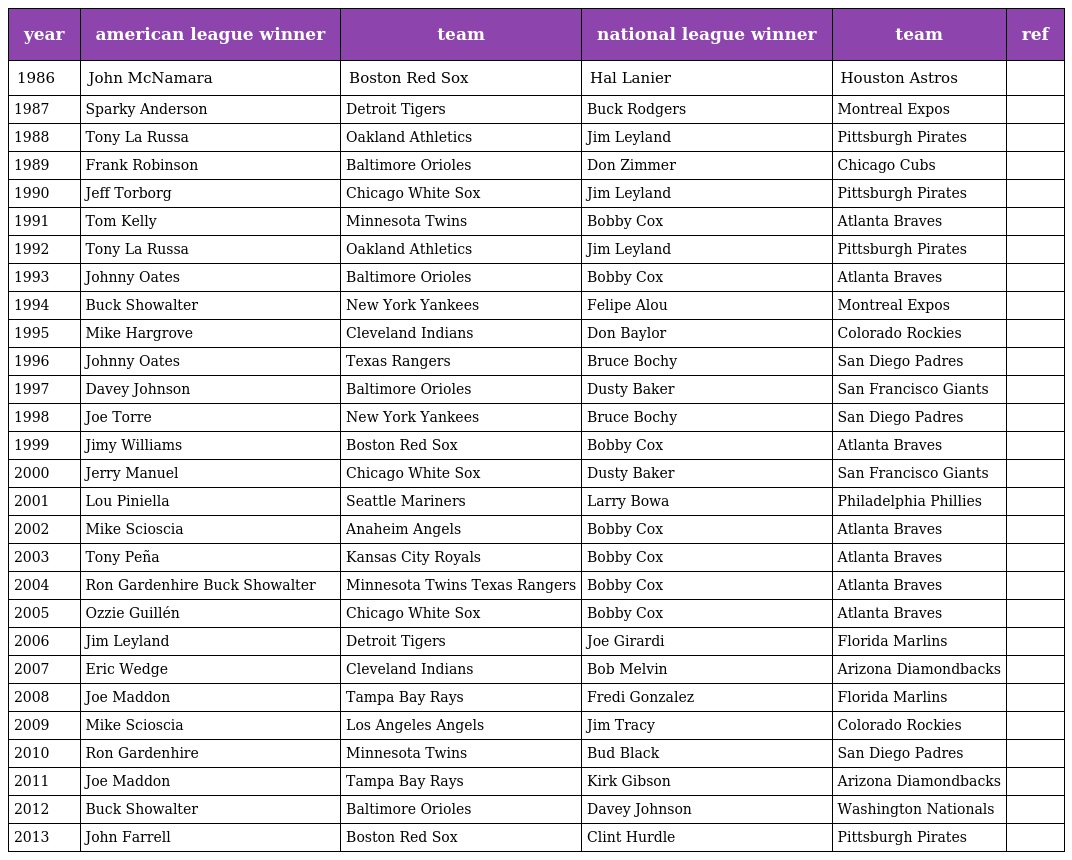
| year | american league winner | team | national league winner | team | ref |
 | --- | --- | --- | --- | --- | --- |
 | 1986 | John McNamara | Boston Red Sox | Hal Lanier | Houston Astros |  |
 | 1987 | Sparky Anderson | Detroit Tigers | Buck Rodgers | Montreal Expos |  |
 | 1988 | Tony La Russa | Oakland Athletics | Jim Leyland | Pittsburgh Pirates |  |
 | 1989 | Frank Robinson | Baltimore Orioles | Don Zimmer | Chicago Cubs |  |
 | 1990 | Jeff Torborg | Chicago White Sox | Jim Leyland | Pittsburgh Pirates |  |
 | 1991 | Tom Kelly | Minnesota Twins | Bobby Cox | Atlanta Braves |  |
 | 1992 | Tony La Russa | Oakland Athletics | Jim Leyland | Pittsburgh Pirates |  |
 | 1993 | Johnny Oates | Baltimore Orioles | Bobby Cox | Atlanta Braves |  |
 | 1994 | Buck Showalter | New York Yankees | Felipe Alou | Montreal Expos |  |
 | 1995 | Mike Hargrove | Cleveland Indians | Don Baylor | Colorado Rockies |  |
 | 1996 | Johnny Oates | Texas Rangers | Bruce Bochy | San Diego Padres |  |
 | 1997 | Davey Johnson | Baltimore Orioles | Dusty Baker | San Francisco Giants |  |
 | 1998 | Joe Torre | New York Yankees | Bruce Bochy | San Diego Padres |  |
 | 1999 | Jimy Williams | Boston Red Sox | Bobby Cox | Atlanta Braves |  |
 | 2000 | Jerry Manuel | Chicago White Sox | Dusty Baker | San Francisco Giants |  |
 | 2001 | Lou Piniella | Seattle Mariners | Larry Bowa | Philadelphia Phillies |  |
 | 2002 | Mike Scioscia | Anaheim Angels | Bobby Cox | Atlanta Braves |  |
 | 2003 | Tony Peña | Kansas City Royals | Bobby Cox | Atlanta Braves |  |
 | 2004 | Ron Gardenhire Buck Showalter | Minnesota Twins Texas Rangers | Bobby Cox | Atlanta Braves |  |
 | 2005 | Ozzie Guillén | Chicago White Sox | Bobby Cox | Atlanta Braves |  |
 | 2006 | Jim Leyland | Detroit Tigers | Joe Girardi | Florida Marlins |  |
 | 2007 | Eric Wedge | Cleveland Indians | Bob Melvin | Arizona Diamondbacks |  |
 | 2008 | Joe Maddon | Tampa Bay Rays | Fredi Gonzalez | Florida Marlins |  |
 | 2009 | Mike Scioscia | Los Angeles Angels | Jim Tracy | Colorado Rockies |  |
 | 2010 | Ron Gardenhire | Minnesota Twins | Bud Black | San Diego Padres |  |
 | 2011 | Joe Maddon | Tampa Bay Rays | Kirk Gibson | Arizona Diamondbacks |  |
 | 2012 | Buck Showalter | Baltimore Orioles | Davey Johnson | Washington Nationals |  |
 | 2013 | John Farrell | Boston Red Sox | Clint Hurdle | Pittsburgh Pirates |  |